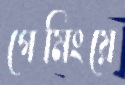
গেমিংয়ে